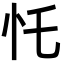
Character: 𢖲